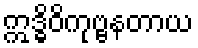
ဣဒ္ဓိဝိကုဗ္ဗနတာယ